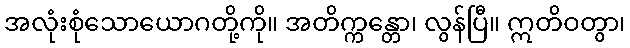
အလုံးစုံသောယောဂတို့ကို။ အတိက္ကန္တော၊ လွန်ပြီ။ ဣတိဝတွာ၊